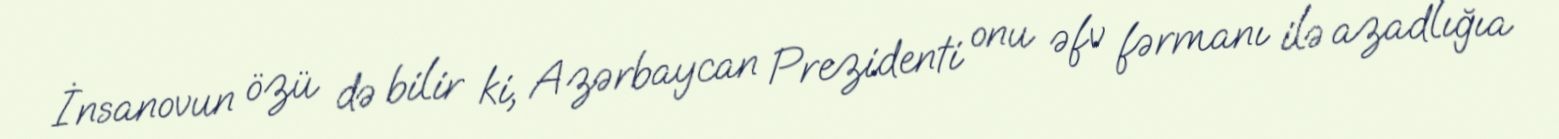
İnsanovun özü də bilir ki, Azərbaycan Prezidenti onu əfv fərmanı ilə azadlığıa